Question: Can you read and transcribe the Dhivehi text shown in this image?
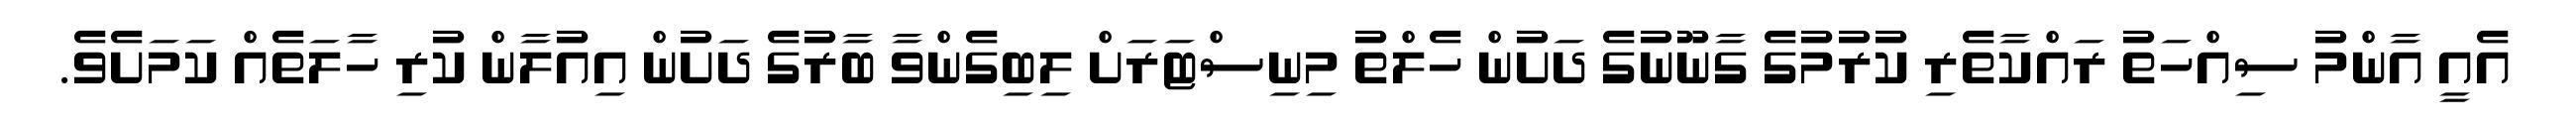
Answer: އެއީ އާންމު ސިއްހަތު ރައްކާތެރި ކުރުމުގެ ގާނޫނުގެ ދަށުން ހެލްތު މިނިސްޓަރަށް ލިބިގެންވާ ބާރުގެ ދަށުން އިއުލާން ކުރި ހާލަތެއް ކަމަށެވެ.